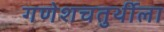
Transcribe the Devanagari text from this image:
गणेशचतुर्थीला